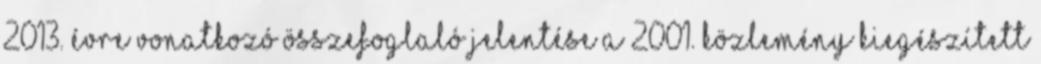
2013. évre vonatkozó Összefoglaló jelentése a 2001. Közlemény kiegészített